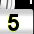
Digit: 5